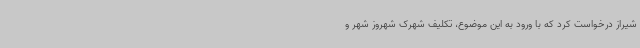
شیراز درخواست کرد که با ورود به این موضوع، تکلیف شهرک شهروز شهر و